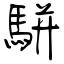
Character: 駢